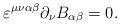
LaTeX: \begin{align*}\varepsilon^{\mu\nu\alpha\beta} \partial_{\nu} B_{\alpha\beta} = 0. \end{align*}